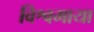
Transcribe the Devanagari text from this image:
विश्वमाया